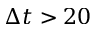
\Delta t > 2 0